Report of veterinary surgeon J.H. Steel, A.V.D., on his investigation into an obscure and fatal disease among transport mules in British Burma
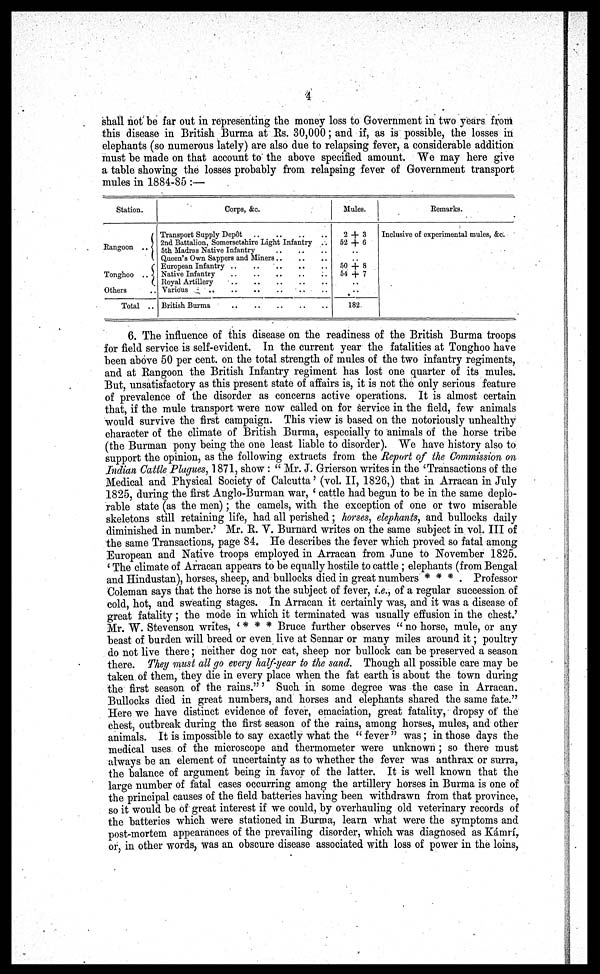
4
shall not be far out in representing the money loss to Government in two years from
this disease in British Burma at Rs. 30,000 ; and if, as is possible, the losses in
elephants (so numerous lately) are also due to relapsing fever, a considerable addition
must be made on that account to the above specified amount. We may here give
a table showing the losses probably from relapsing fever of Government transport
mules in 1884-85 :—
Station.
Rangoon .. {
Tonghoo .. {
Others
Total ..
Corps, &c.
Transport Supply Depot
2nd Battalion, Somersetshire Light Infantry ..
5th Madras Native Infantry
Queen's Own Sappers and Miners .. .. ..
Eropian Infantry .. .. .. .. ..
Native Infantry
..
..
..
..
..
Royal Artillery
Various
..
..
..
..
..
British Burma .. .. .. .. ..
Mules.
2 + 3
52 + 6
..
..
50 + 8
54 + 7
..
..
182
Remarks.
Inclusive of experimental mules, &c.
6. The influence of this disease on the readiness of the British Burma troops
for field service is self-evident. In the current year the fatalities at Tonghoo have
been above 50 per cent. on the total strength of mules of the two infantry regiments,
and at Rangoon the British Infantry regiment has lost one quarter of its mules.
But, unsatisfactory as this present state of affairs is, it is not the only serious feature
of prevalence of the disorder as concerns active operations. It is almost certain
that, if the mule transport were now called on for service in the field, few animals
would survive the first campaign. This view is based on the notoriously unhealthy
character of the climate of British Burma, especially to animals of the horse tribe
(the Burman pony being the one least liable to disorder). We have history also to
support the opinion, as the following extracts from the Report of the Commission on
Indian Cattle Plagues, 1871, show : " Mr. J. Grierson writes in the 'Transactions of the
Medical and Physical Society of Calcutta' (vol. II, 1826,) that in Arracan in July
1825, during the first Anglo-Burman war, ' cattle had begun to be in the same deplo-
rable state (as the men); the camels, with the exception of one or two miserable
skeletons still retaining life, had all perished; horses, elephants, and bullocks daily
diminished in number.' Mr. R. V. Burnard writes on the same subject in vol. III of
the same Transactions, page 84. He describes the fever which proved so fatal among
European and Native troops employed in Arracan from June to November 1825.
' The climate of Arracan appears to be equally hostile to cattle ; elephants (from Bengal
and Hindustan), horses, sheep, and bullocks died in great numbers * * * . Professor
Coleman says that the horse is not the subject of fever, i.e., of a regular succession of
cold, hot, and sweating stages. In Arracan it certainly was, and it was a disease of
great fatality; the mode in which it terminated was usually effusion in the chest.'
Mr. W. Stevenson writes, ' * * * Bruce further observes " no horse, mule, or any
beast of burden will breed or even live at Sennar or many miles around it; poultry
do not live there ; neither dog nor cat, sheep nor bullock can be preserved a season
there. They must all go every half-year to the sand. Though all possible care may be
taken of them, they die in every place when the fat earth is about the town during
the first season of the rains." ' Such in some degree was the case in Arracan.
Bullocks died in great numbers, and horses and elephants shared the same fate."
Here we have distinct evidence of fever, emaciation, great fatality, dropsy of the
chest, outbreak during the first season of the rains, among horses, mules, and other
animals. It is impossible to say exactly what the " fever " was; in those days the
medical uses of the microscope and thermometer were unknown ; so there must
always be an element of uncertainty as to whether the fever was anthrax or surra,
the balance of argument being in favor of the latter. It is well known that the
large number of fatal cases occurring among the artillery horses in Burma is one of
the principal causes of the field batteries having been withdrawn from that province,
so it would be of great interest if we could, by overhauling old veterinary records of
the batteries which were stationed in Burma, learn what were the symptoms and
post-mortem appearances of the prevailing disorder, which was diagnosed as Kamri,
or, in other words, was an obscure disease associated with loss of power in the loins,